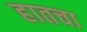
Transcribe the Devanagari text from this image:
हातचा